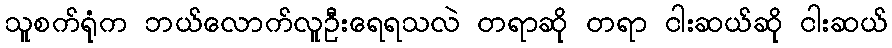
သူစက်ရုံက ဘယ်လောက်လူဦးရေရသလဲ တရာဆို တရာ ငါးဆယ်ဆို ငါးဆယ်